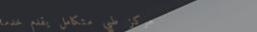
مركز طبي متكامل يقدم خدما